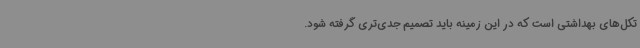
تکل‌های بهداشتی است که در این زمینه باید تصمیم جدی‌تری گرفته شود.